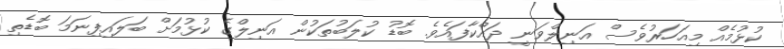
ކުޅުމެއް މިއަހަރުވެސް އަނިލްވަނީ ދައްކާފައެވެ. ބޮޑު ކުލަބުތަކުން އަނިލްގެ ކުޅުމަށް ބަލައިފިނަމަ ބޮޑެތި